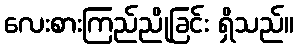
လေးစားကြည်ညိုခြင်း ရှိသည်။